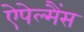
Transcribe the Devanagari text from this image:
ऐपेल्मैंस